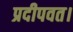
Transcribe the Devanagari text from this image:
प्रदीपवत।